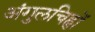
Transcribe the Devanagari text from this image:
अंगुलचिह्नों